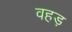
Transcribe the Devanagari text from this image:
वहड़